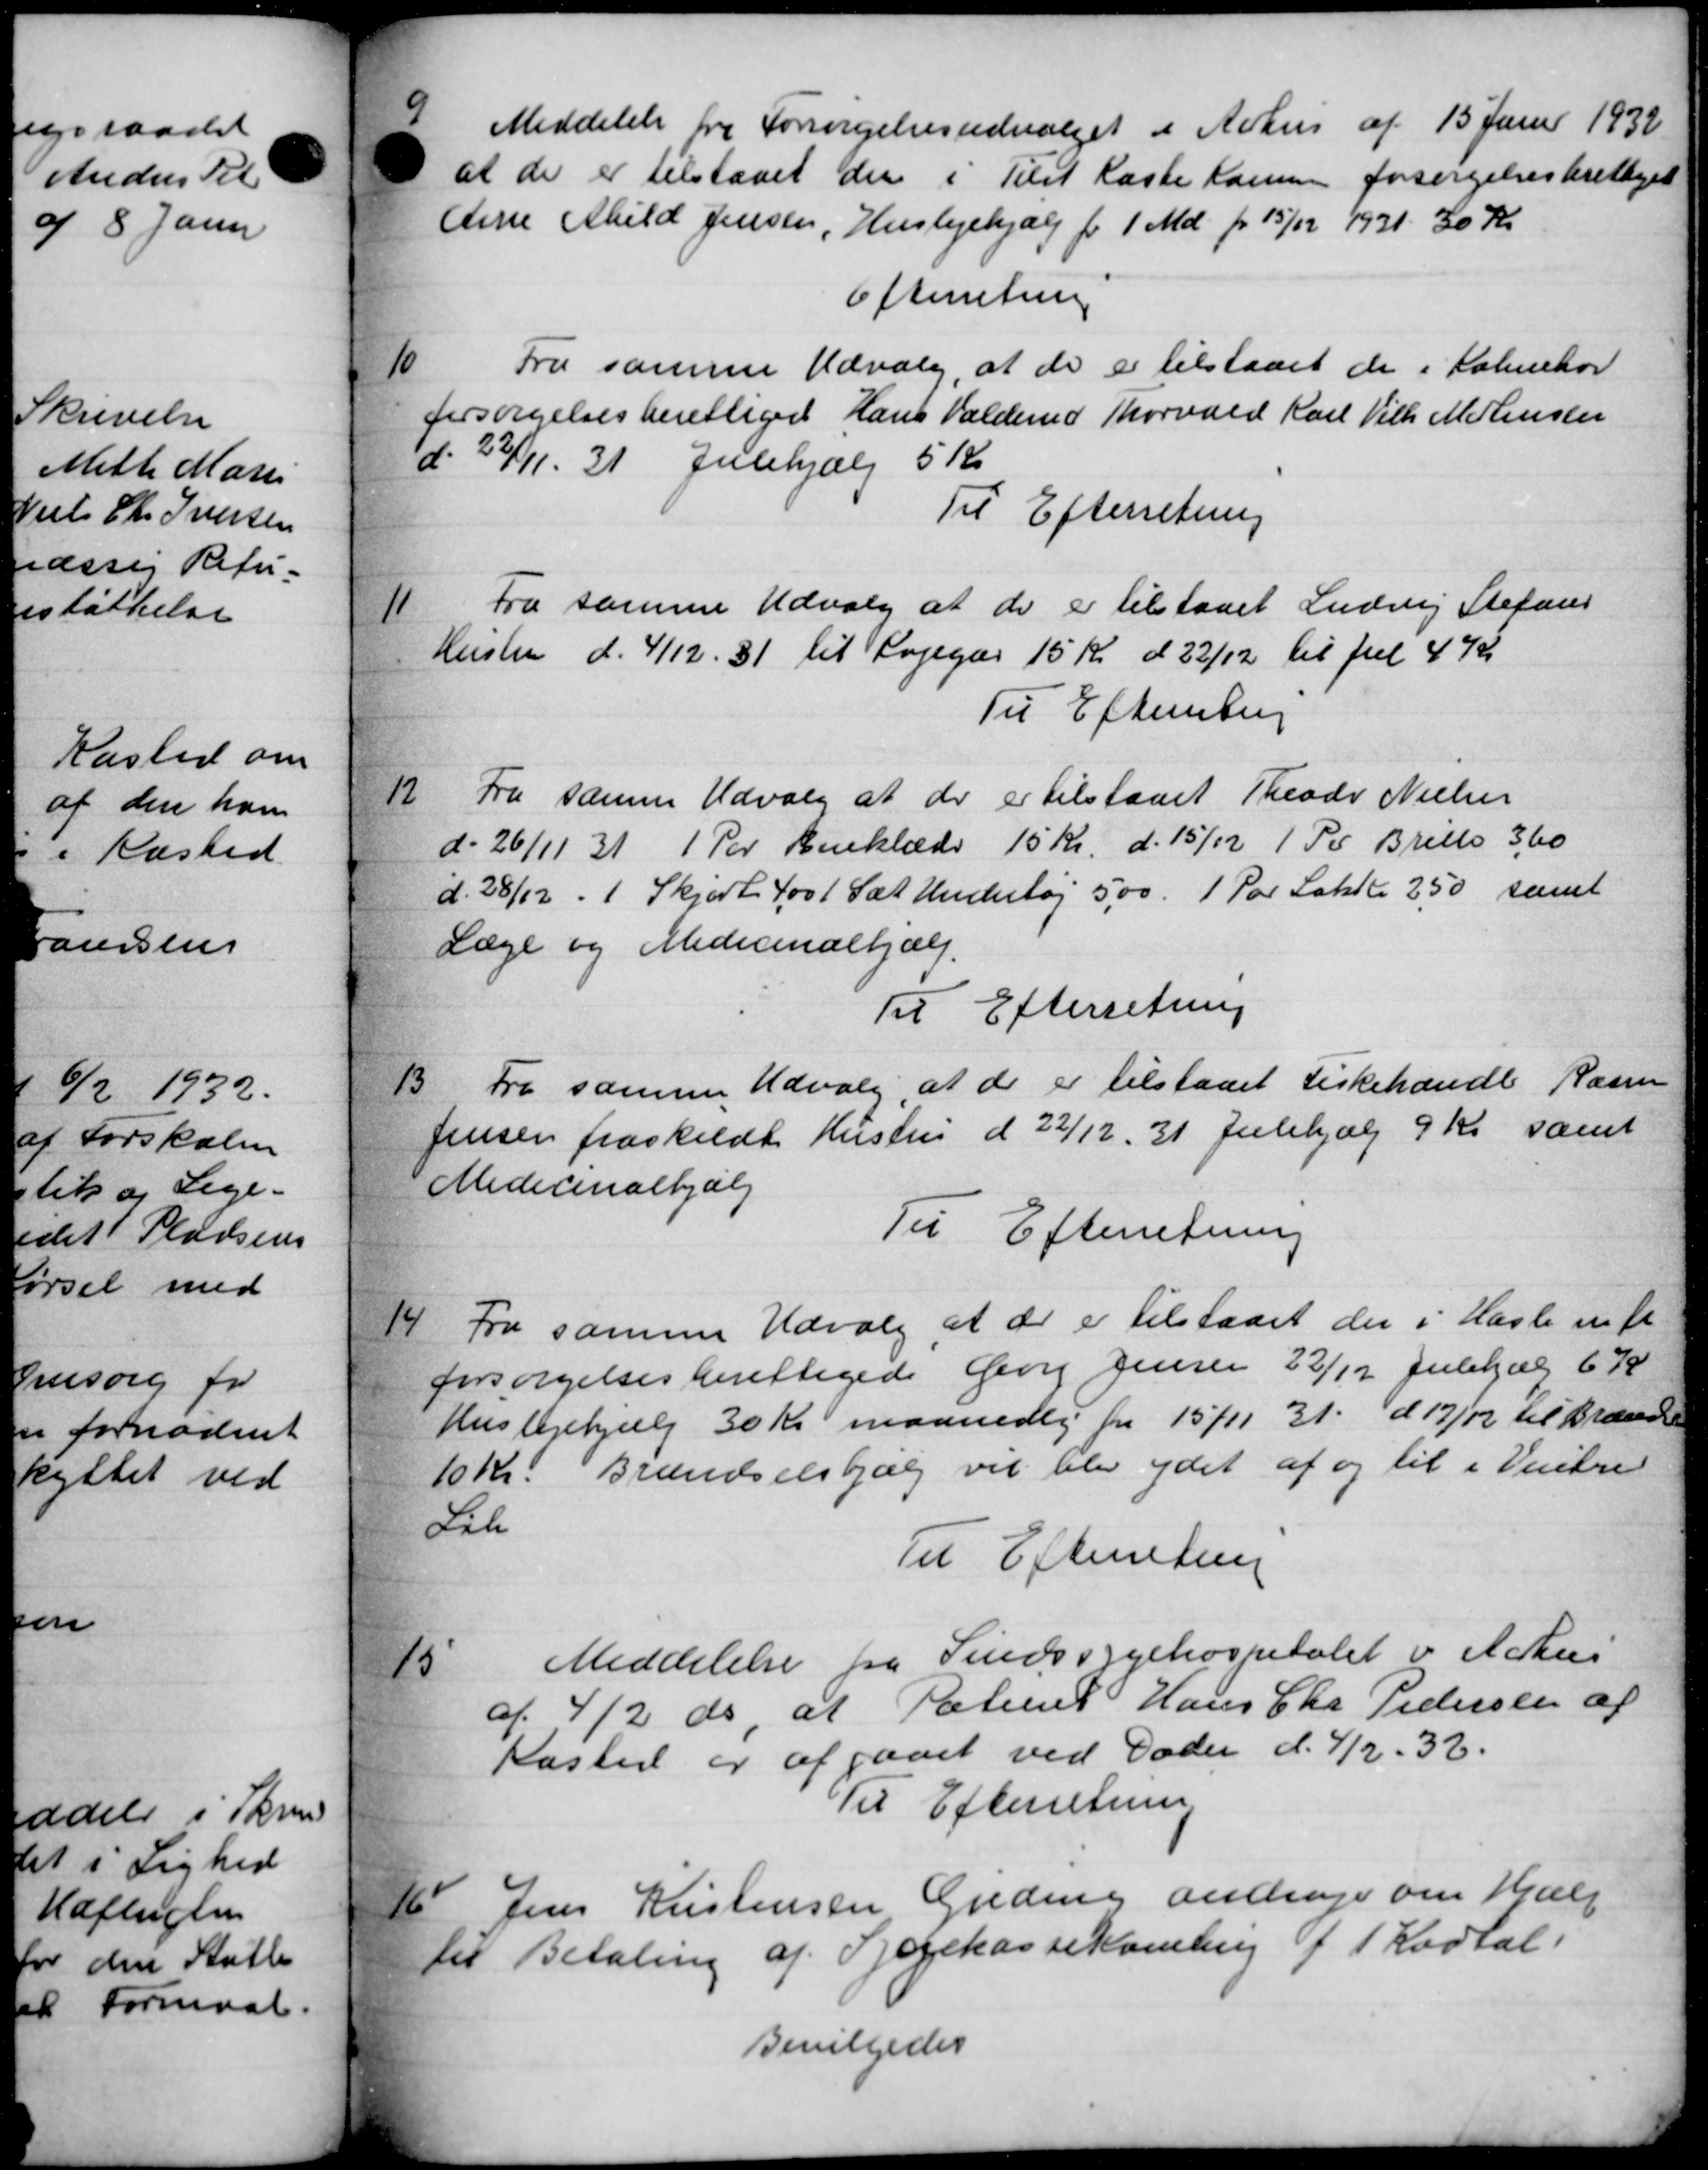
Transskription:
9
Meddelelse fra Forsørgelsesudvalget i Århus af 15 Juni 1932
at der er tilstaaet der i Tilst Kaste Komune forsørgelsesberettiget
Aine Abild Jensen, Huslejehjælp for 1 Md. pr. 15/12 1931. 30 Kr.
Efterretning
10
Fra samme Udvalg, at de er tilstaaet de i Kalnehov
forsørgelsesberettiget Hans Valdemar Thorvald Karl Vilh. Motenseen
d. 22/11. 31 Julehjælp 5 Kr.
Til Efterretning
Fra samme Udvalg at de er tilstaaet Ludvig Stefans
11
Hustru d. 4/12 31 til Logegas 15 Kr. d 22/12 til Jul 4 Kr
Til Efterretning
12.
Fra samme Udvalg at der er tilstaaet Theodor Nielsen
d. 26/11 31 1 Par Beklæde 15 Kr. d. 15/12 1 Pr Brills 3,60
d. 28/12 - 1 Skjort 400 1 Sæt Henhetøj 5,00. 1 Par Lakte 250 samt
Læge og Medicinalhjælp.
Til Efterretning
13
Fra samme Udvalg at de er tilstaaet Fiskehandle Rasm
Jensen fraskildt Hustru d 22/12 31 Julehjælp 9 Kr samt
Medicinalhjælp
Til Efterretning
14.
Fra samme Udvalg at der er tilstaaet der i Hasle m fl
forsørgelsesberettigede Georg Jensen 22/12 Julehjælp 6 K
Huslejehjælp 30 Kr. maanedlig fra 15/11 31. d. 17/12 til Brænde
10 Kr. Brændselshjælp vil blev ydet af og til i Vintre
Sil
Til Efterretning
15
Meddelelse fra Sindssygehospitalet i Århus
af 4/2 ds at Patieret Hans Chr. Pedersen af
Kasted er afgaaet ved Dader d. 4/2 - 32.
Til Efterretning
16
Jens Kristensen Greding amlinge om Hjælp
til Betaling af Sygekassekamling f 1 Kartal.
Bevilgedes